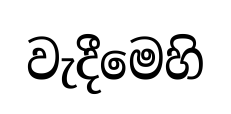
වැදීමෙහි